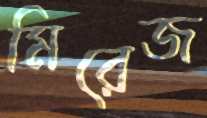
মিরেজ